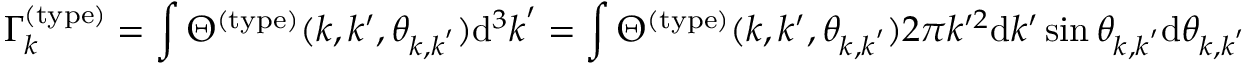
\Gamma _ { k } ^ { ( \mathrm { t y p e } ) } = \int \Theta ^ { ( \mathrm { t y p e } ) } ( k , k ^ { \prime } , \theta _ { \boldsymbol { k } , \boldsymbol { k } ^ { \prime } } ) \mathrm { d } ^ { 3 } \boldsymbol { k } ^ { \prime } = \int \Theta ^ { ( \mathrm { t y p e } ) } ( k , k ^ { \prime } , \theta _ { \boldsymbol { k } , \boldsymbol { k } ^ { \prime } } ) 2 \pi k ^ { \prime 2 } \mathrm { d } k ^ { \prime } \sin \theta _ { \boldsymbol { k } , \boldsymbol { k } ^ { \prime } } \mathrm { d } \theta _ { \boldsymbol { k } , \boldsymbol { k } ^ { \prime } }